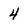
Character: 4